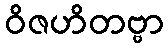
ဝိဇဟိတဗ္ဗာ